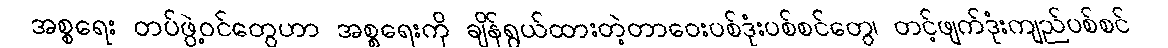
အစ္စရေး တပ်ဖွဲ့ဝင်တွေဟာ အစ္စရေးကို ချိန်ရွယ်ထားတဲ့တာဝေးပစ်ဒုံးပစ်စင်တွေ၊ တင့်ဖျက်ဒုံးကျည်ပစ်စင်